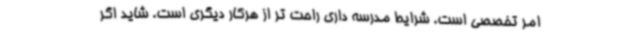
امر تخصصی است. شرایط مدرسه داری راحت تر از هرکار دیگری است. شاید اگر